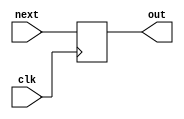
`timescale 1ns / 1ps
module PC (
    input clk,
    input [31:0] next,  // the input address
    output reg [31:0] out  // the output address
);

  initial begin
    out = -4;  // NEVER REACHED ADDRESS
  end

  always @(posedge clk) begin
    out = next;
  end

endmodule